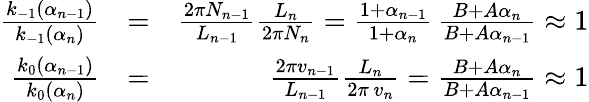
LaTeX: \begin{array}{rlr}{\frac{k_{-1}(\alpha_{n-1})}{k_{-1}(\alpha_{n})}}&{=}&{\frac{2\pi N_{n-1}}{L_{n-1}}\frac{L_{n}}{2\pi N_{n}}=\frac{1+\alpha_{n-1}}{1+\alpha_{n}}\, \frac{B+A\alpha_{n}}{B+A\alpha_{n-1}}\approx 1}\\ {\frac{k_{0}(\alpha_{n-1})}{k_{0}(\alpha_{n})}}&{=}&{\frac{2\pi v_{n-1}}{L_{n-1}}\frac{L_{n}}{2\pi\, v_{n}}=\frac{B+A\alpha_{n}}{B+A\alpha_{n-1}}\approx 1}\end{array}